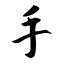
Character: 手